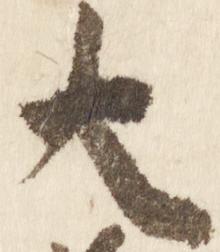
大